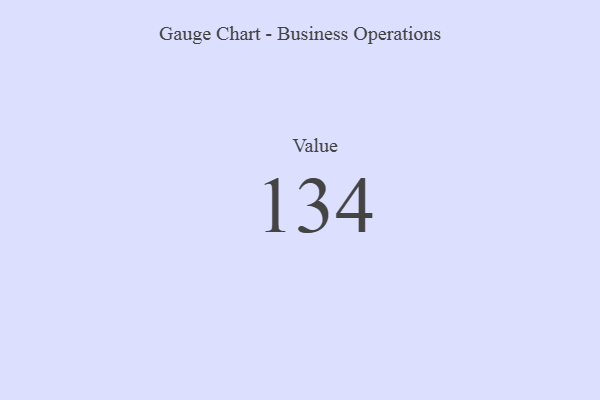
{"axis": {"x": "Metric", "y": "Value"}, "legend": [""], "data": [{"x": "Value", "y": 134, "type": ""}]}